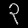
Digit: ၃